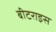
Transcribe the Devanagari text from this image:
बीटराइस